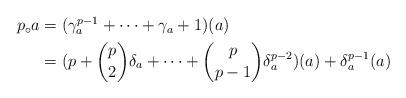
LaTeX: \begin{align*} \begin{aligned}p_\circ a&=(\gamma_a^{p-1} + \dots + \gamma_a + 1)(a)\\&=(p + \binom{p}{2} \delta_a + \dots + \binom{p}{p-1} \delta_a^{p-2})(a)+ \delta_a^{p-1}(a)\end{aligned}\end{align*}